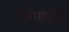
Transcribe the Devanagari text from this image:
सगेसंबंधी